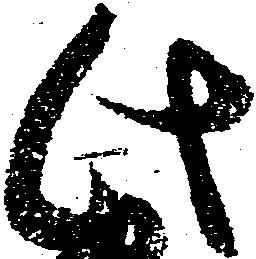
此